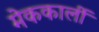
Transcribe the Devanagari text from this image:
मेककार्ली